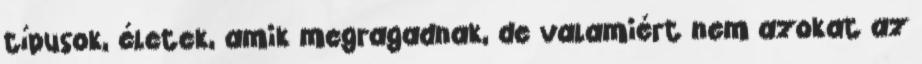
típusok, életek, amik megragadnak, de valamiért nem azokat az